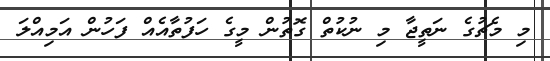
މި މެޗުގެ ނަތީޖާ މި ނުކުތް ގޮތުން މީގެ ހަފުތާއެއް ފަހުން އަމިއްލަ